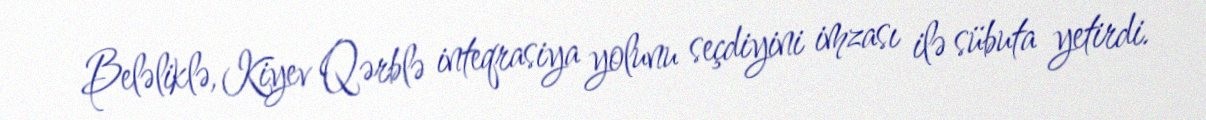
Beləliklə, Kiyev Qərblə inteqrasiya yolunu seçdiyini imzası ilə sübuta yetirdi.